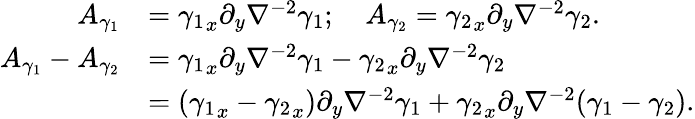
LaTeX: \begin{array}{rl}{A_{\gamma_{1}}}&{={\gamma_{1}}_{x}\partial_{y}\nabla^{-2}\gamma_{1};\ \ \ \ A_{\gamma_{2}}={\gamma_{2}}_{x}\partial_{y}\nabla^{-2}\gamma_{2}.}\\ {A_{\gamma_{1}}-A_{\gamma_{2}}}&{={\gamma_{1}}_{x}\partial_{y}\nabla^{-2}\gamma_{1}-{\gamma_{2}}_{x}\partial_{y}\nabla^{-2}{\gamma_{2}}}\\ &{=({\gamma_{1}}_{x}-{\gamma_{2}}_{x})\partial_{y}\nabla^{-2}\gamma_{1}+{\gamma_{2}}_{x}\partial_{y}\nabla^{-2}(\gamma_{1}-{\gamma_{2}}).}\end{array}